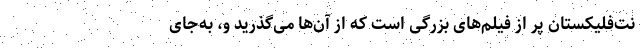
نت‌فلیکستان پر از فیلم‌های بزرگی است که از آن‌ها می‌گذرید و، به‌جای